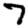
Digit: 7